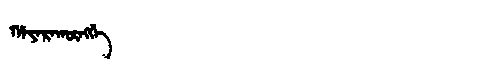
Manchu: ᡥᠠᠶᠠᡵᠠᡴᡡᠩᡤᡝ
Romanization: HAYARAKŪNGGE